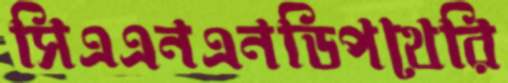
সিএএনএনডিপথেরি